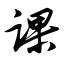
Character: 课